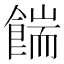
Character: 𩜵